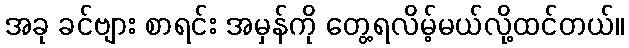
အခု ခင်ဗျား စာရင်း အမှန်ကို တွေ့ရလိမ့်မယ်လို့ထင်တယ်။